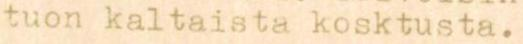
tuon kaltaista kosktusta.